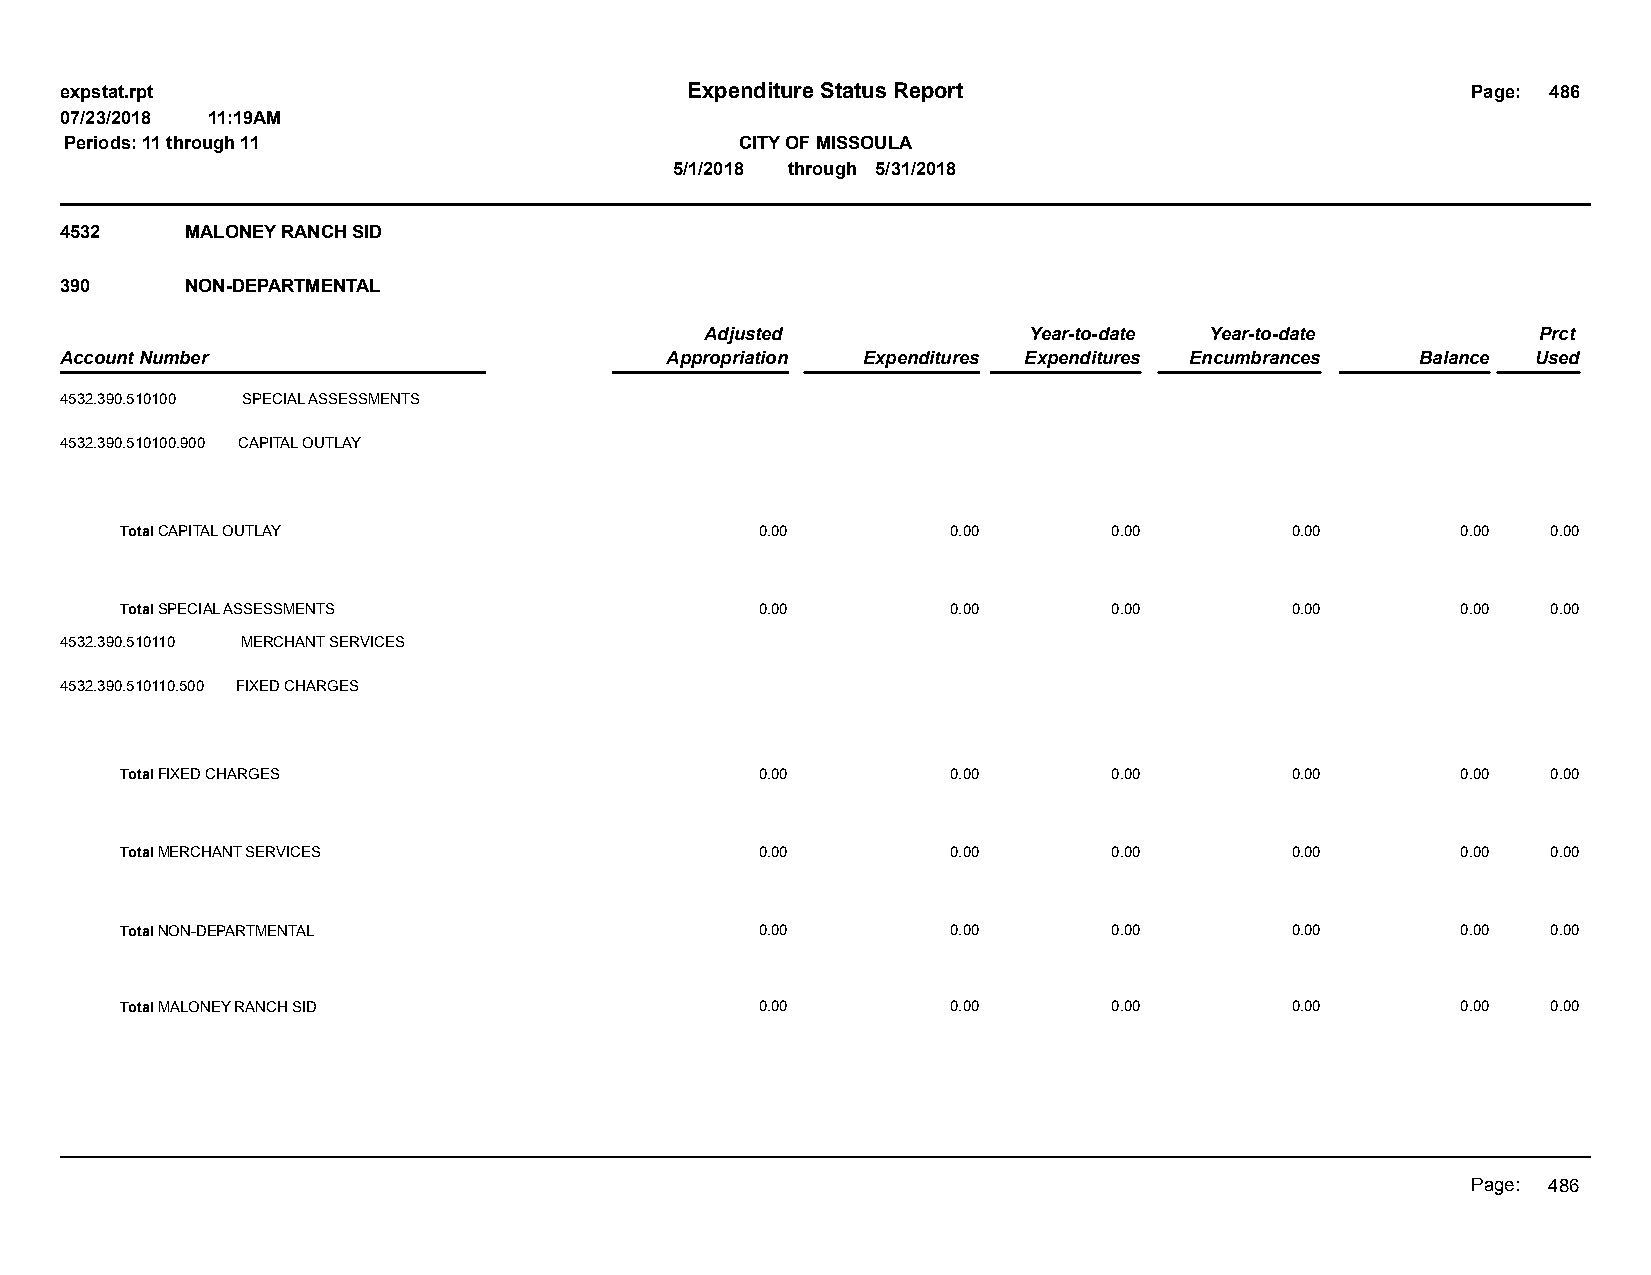
expstat.rpt                              Expenditure Status Report                           Page: 486
 07/23/2018 11:19AM
 Periods: 11 through 11                       CITY OF MISSOULA
 5/1/2018 through 5/31/2018
 4532    MALONEY RANCH SID
 390     NON-DEPARTMENTAL
 Adjusted             Year-to-date Year-to-date         Prct
 Account Number                          Appropriation Expenditures Expenditures Encumbrances Balance Used
 4532.390.510100 SPECIAL ASSESSMENTS
 4532.390.510100.900 CAPITAL OUTLAY
 Total CAPITAL OUTLAY                      0.00         0.00       0.00       0.00        0.00  0.00
 Total SPECIAL ASSESSMENTS                 0.00         0.00       0.00       0.00        0.00  0.00
 4532.390.510110 MERCHANT SERVICES
 4532.390.510110.500 FIXED CHARGES
 Total FIXED CHARGES                       0.00         0.00       0.00       0.00        0.00  0.00
 Total MERCHANT SERVICES                   0.00         0.00       0.00       0.00        0.00  0.00
 Total NON-DEPARTMENTAL                    0.00         0.00       0.00       0.00        0.00  0.00
 Total MALONEY RANCH SID                   0.00         0.00       0.00       0.00        0.00  0.00
 Page: 486